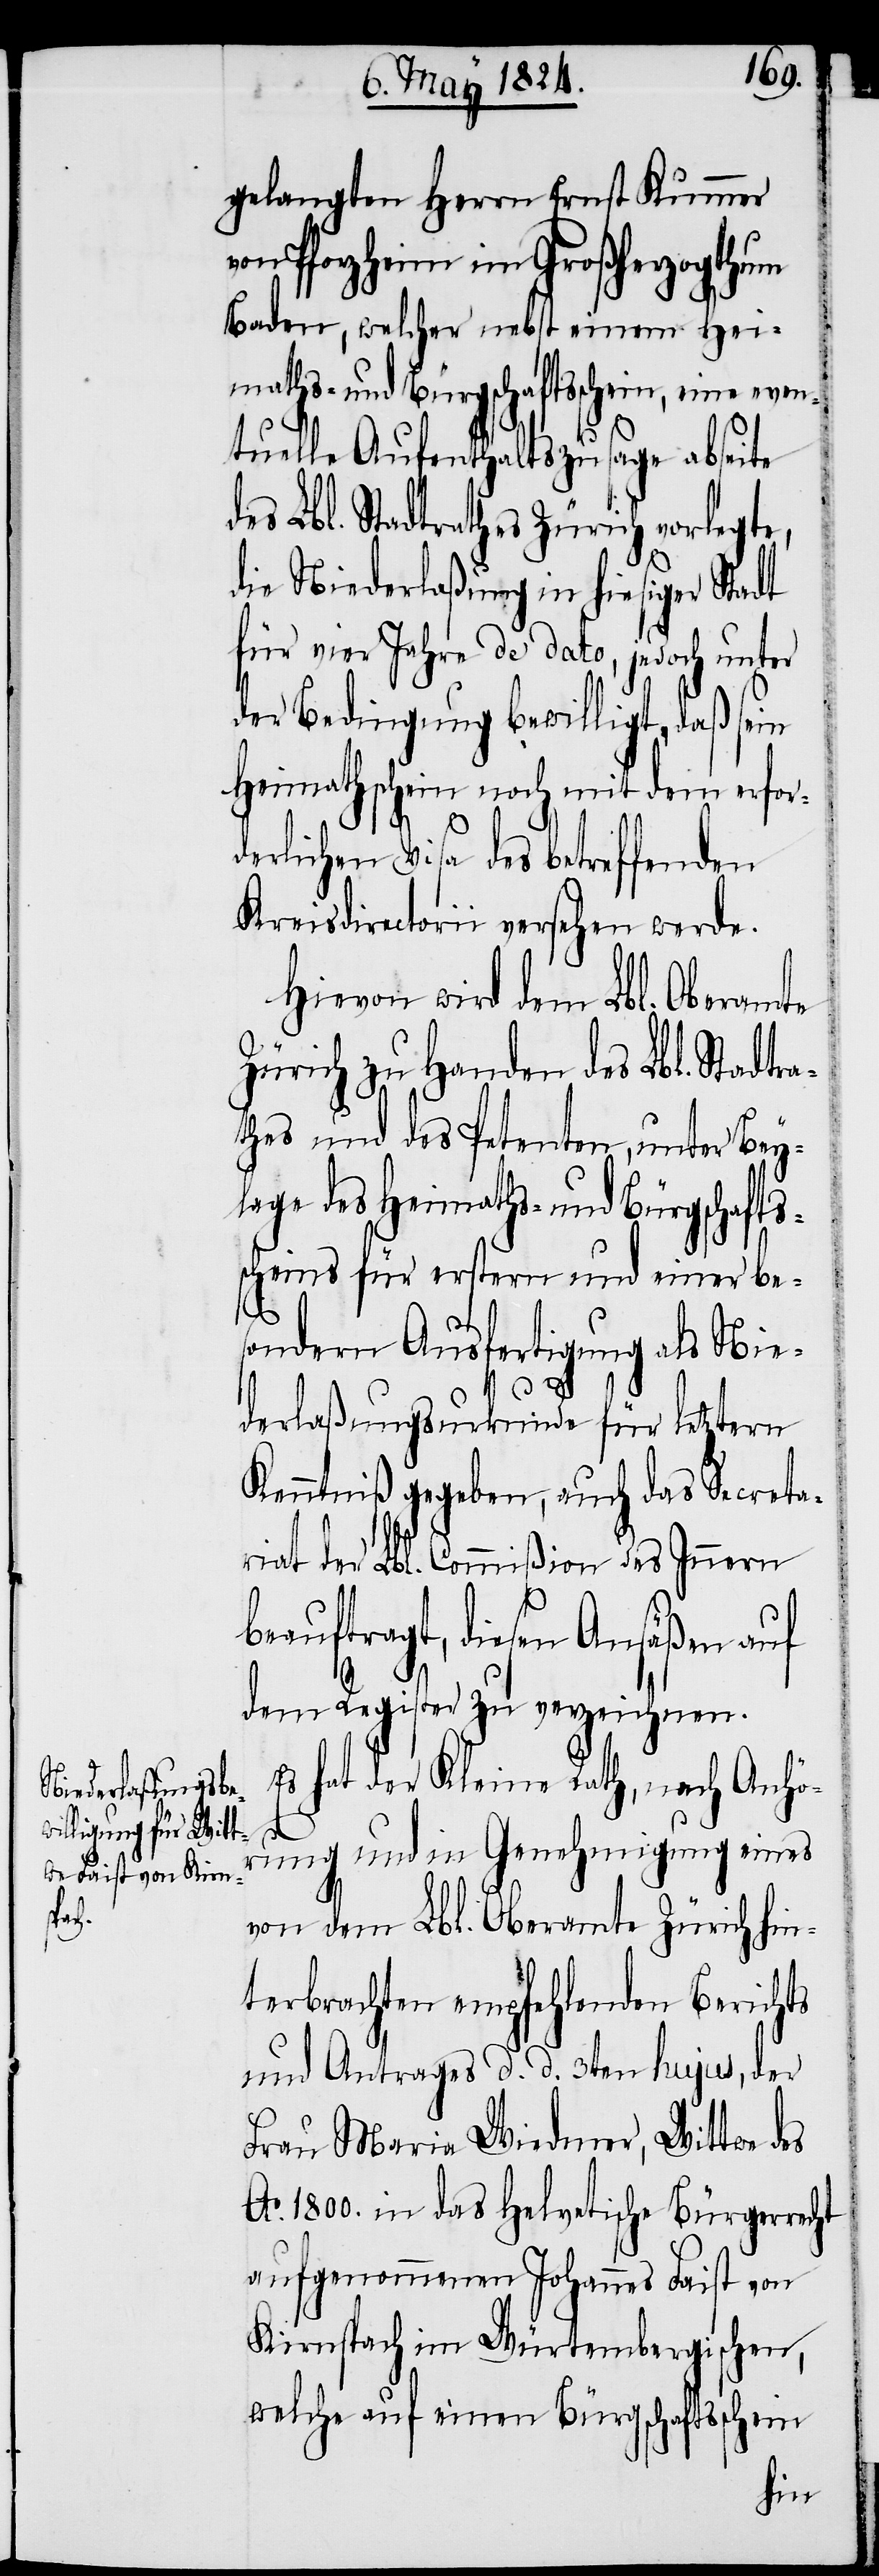
ra¬

gelangten Herrn Ernst Kummer
von Pforzheim im Großherzogthum
Baden, welcher nebst einem Hei¬
maths- und Bürgschaftsschein, eine
tuelle Aufenthaltszusage abseite
des Lbl. Stadtrathes Zürich vorlegte,
die Niederlaßung in hiesiger Stadt
für vier Jahre de dato, jedoch unter
der Bedingung bewilligt, daß sein
Heimathschein noch mit dem erfor¬
derlichen Visa des betreffenden
Kreisdirectorii versehen werde.
Hievon wird dem Lbl. Oberamte
Zürich zu Handen des Lbl. Stadt¬
thes und des Petenten, unter Bey¬
lage des Heimaths- und Bürgschafts¬
scheins für erstern und einer be¬
sondern Ausfertigung als Nie¬
derlaßungsurkunde für letztern
Kenntniß gegeben, auch das Secreta¬
riat der Lbl. Commißion des Innern
beauftragt, diesen Ansäßen auf
dem Register zu verzeichnen.
Es hat der Kleine Rath, nach Anhö¬
rung und in Genehmigung eines
von dem Lbl. Oberamte Zürich hin¬
terbrachten empfehlenden Berichts
und Antrages d. d. 3ten hujus, der
Frau Maria Wiedmer, Wittwe des
Ao. 1800. in das Helvetische Bürgerrecht
aufgenommenen Johannes Faist von
Kirnspach im Würtembergischen,
welche auf einen Bürgschaftsschein